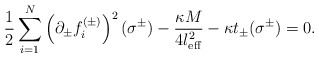
\begin{align*}\frac12\sum_{i=1}^N\left(\partial_{\pm} f_i^{(\pm)}\right)^2(\sigma^{\pm}) -\frac{\kappa M}{4 l^2_{\rm eff}} -\kappa t_{\pm}(\sigma^{\pm}) =0.\end{align*}